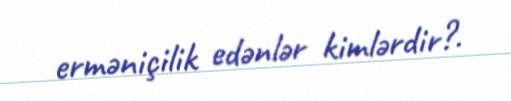
erməniçilik edənlər kimlərdir?.